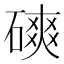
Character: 磢